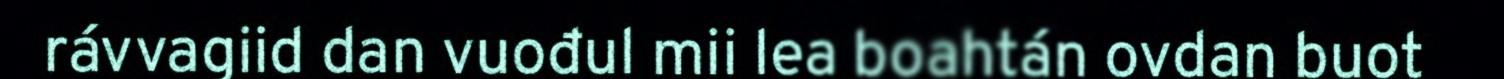
rávvagiid dan vuođul mii lea boahtán ovdan buot